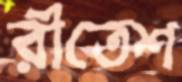
রীতেশ